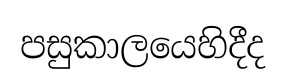
පසුකාලයෙහිදීද